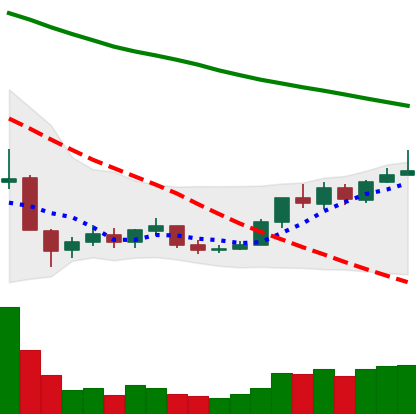
Ticker: BNB-USD
Chart end date: 2018-12-24
Forward return: -5.087%
Label: down_5_7